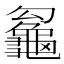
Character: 𪚵